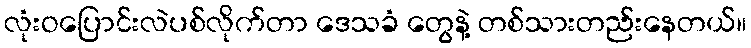
လုံးဝပြောင်းလဲပစ်လိုက်တာ ဒေသခံ တွေနဲ့ တစ်သားတည်းနေတယ်။